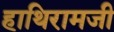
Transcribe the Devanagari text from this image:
हाथिरामजी